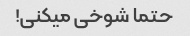
حتما شوخی میکنی!